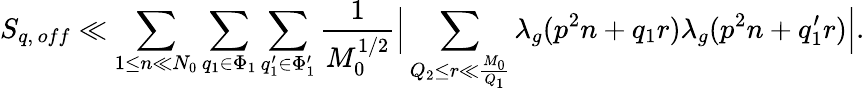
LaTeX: S_{q,\, off}\ll\sum_{1\leq n\ll N_{0}}\sum_{q_{1}\in\Phi_{1}}\sum_{q_{1}^{\prime}\in\Phi_{1}^{\prime}}\frac{1}{M_{0}^{1/2}}\Big|\sum_{Q_{2}\leq r\ll\frac{M_{0}}{Q_{1}}}\lambda_{g}(p^{2}n+q_{1}r)\lambda_{g}(p^{2}n+q_{1}^{\prime}r)\Big|.